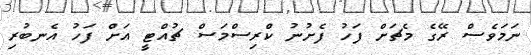
ނަމަވެސް ރޭގެ މެޗަށް ފަހު ފެށުނު ކްރިސްމަސް ޗުއްޓީ އަށް ފަހު އެނބުރި